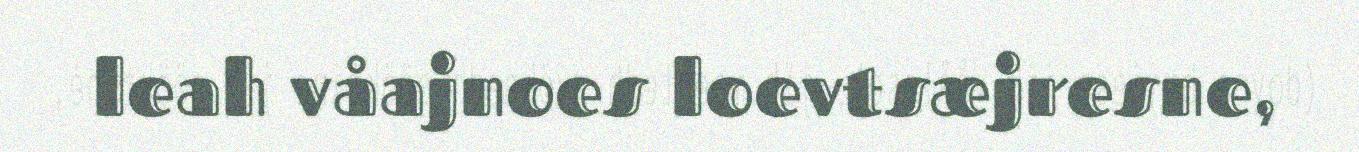
leah våajnoes loevtsæjresne,